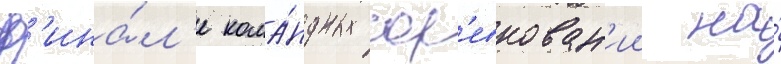
ф'ина́л'е кома́ндных сор'евнован'ии на́